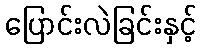
ပြောင်းလဲခြင်းနှင့်